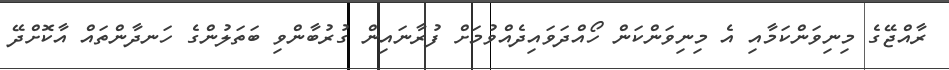
ރާއްޖޭގެ މިނިވަންކަމާއި އެ މިނިވަންކަން ހޯއްދަވައިދެއްވުމަށް ފުރާނައިން ގުރުބާންވި ބަތަލުންގެ ހަނދާންތައް އާކޮށްދޭ